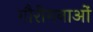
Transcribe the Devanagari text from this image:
गौरीगनाओं